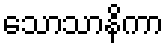
သောသာနိကာ